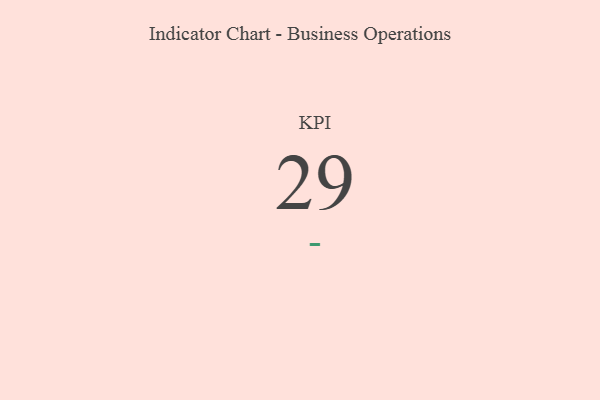
{"axis": {"x": "KPI", "y": "Value"}, "legend": [""], "data": [{"x": "KPI", "y": 29, "type": ""}]}